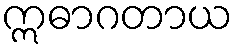
ဣဓာဂတာယ